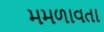
મમળાવતા